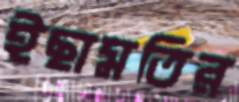
ইছামতির